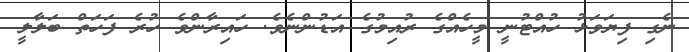
ނެގި ފިޔަވަޅު ހުއްޓުނީ މީހެއްގެ ރުއިމުގެ އަޑުންނެވެ. ހައިރާންވެ ހުރެ ފަހަތް ބަލާލީ